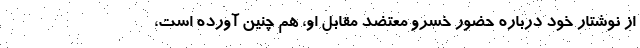
از نوشتار خود درباره حضور خسرو معتضد مقابل او، هم چنین آورده است،